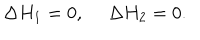
\Delta H _ { 1 } = 0 , ~ ~ \Delta H _ { 2 } = 0 .